Report on horse surra - Volume II, Part II
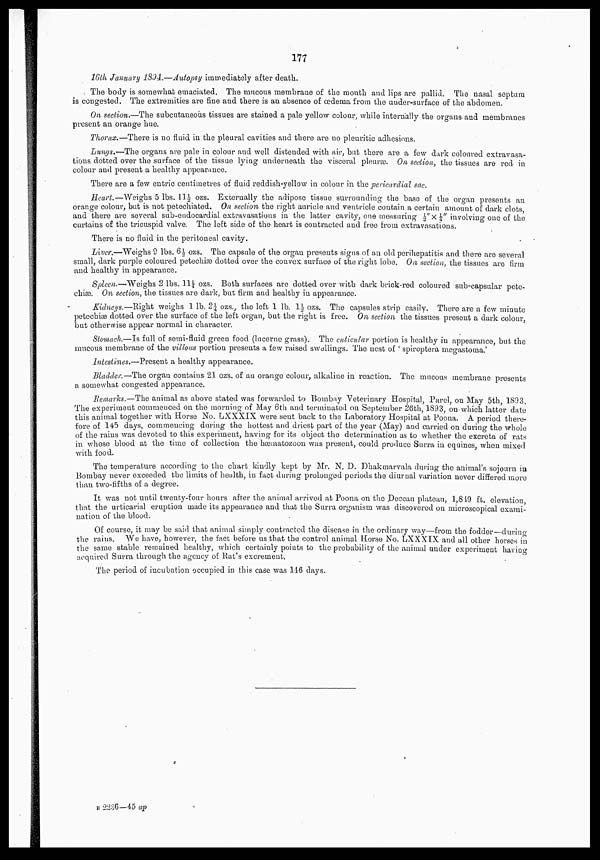
177
16th January 1894.—Autopsy immediately after death.
The body is somewhat emaciated. The mucous membrane of the mouth and lips are pallid. The nasal septum
is congested. The extremities are fine and there is an absence of œdema from the under-surface of the abdomen.
On section.—The subcutaneous tissues are stained a pale yellow colour, while internally the organs and membranes
present an orange hue.
Thorax.—There is no fluid in the pleural cavities and there are no pleuritic adhesions.
Lungs.—The organs are pale in colour and well distended with air, but there are a few dark coloured extravasa-
tions dotted over the surface of the tissue lying underneath the visceral pleuræ. On section, the tissues are red in
colour and present a healthy appearance.
There are a few entric centimetres of fluid reddish-yellow in colour in the pericardial sac.
Heart.—Weighs 5 lbs. 11½ ozs. Externally the adipose tissue surrounding the base of the organ presents an
orange colour, but is not petechiated. On section the right auricle and ventricle contain a certain amount of dark clots,
and there are several sub-endocardial extravasations in the latter cavity, one measuring ½"×¼" involving one of the
curtains of the tricuspid valve. The left side of the heart is contracted and free from extravasations.
There is no fluid in the peritoneal cavity.
Liver.—Weighs 9 lbs. 6½ ozs. The capsule of the organ presents signs of an old perihepatitis and there are several
small, dark purple coloured petechiæ dotted over the convex surface of the right lobe. On section, the tissues are firm
and healthy in appearance.
Spleen.—Weighs 2 lbs. 11¼ ozs. Both surfaces are dotted over with dark brick-red coloured sub-capsular pete¬
chiæ. On section, the tissues are dark, but firm and healthy in appearance.
Kidneys.—Right weighs 1 lb. 2¼ ozs., the left 1 lb. 1½ ozs. The capsules strip easily. There are a few minute
petechiæ dotted over the surface of the left organ, but the right is free. On section the tissues present a dark colour,
but otherwise appear normal in character.
Stomach.—Is full of semi-fluid green food (lucerne grass). The cuticular portion is healthy in appearance, but the
mucous membrane of the villous portion presents a few raised swellings. The nest of 'spiroptera megastoma.'
Intestines.—Present a healthy appearance.
Bladder.—The organ contains 21 ozs. of an orange colour, alkaline in reaction. The mucous membrane presents
a somewhat congested appearance.
Remarks.—The animal as above stated was forwarded to Bombay Veterinary Hospital, Parel, on May 5th 1893.
The experiment commenced on the morning of May 6th and terminated on September 26th, 1893, on which latter date
this animal together with Horse No. LXXXIX were sent back to the Laboratory Hospital at Poona. A period there-
fore of 145 days, commencing during the hottest and driest part of the year (May) and carried on during the whole
of the rains was devoted to this experiment, having for its object the determination as to whether the excreta of rats
in whose blood at the time of collection the hæmatozoon was present, could produce Surra in equines, when mixed
with food.
The temperature according to the chart kindly kept by Mr. N. D. Dhakmarvala during the animal's sojourn in
Bombay never exceeded the limits of health, in fact during prolonged periods the diurnal variation never differed more
than two-fifths of a degree.
It was not until twenty-four hours after the animal arrived at Poona on the Deccan plateau, 1,849 ft. elevation,
that the urticarial eruption made its appearance and that the Surra organism was discovered on microscopical exami-
nation of the blood.
Of course, it may be said that animal simply contracted the disease in the ordinary way—from the fodder—during
the rains. We have, however, the fact before us that the control animal Horse No. LXXXIX and all other horses in
the same stable remained healthy, which certainly points to the probability of the animal under experiment having
acquired Surra through the agency of Rat's excrement.
The period of incubation occupied in this case was 146 days.
B 2236—45 ap